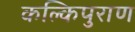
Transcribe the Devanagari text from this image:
कल्किपुराण